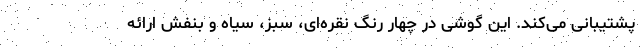
پشتیبانی می‌کند. این گوشی در چهار رنگ نقره‌ای، سبز، سیاه و بنفش ارائه